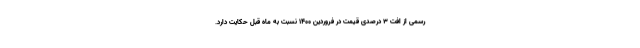
رسمی از افت ۳ درصدی قیمت در فروردین ۱۴۰۰ نسبت به ماه قبل حکایت دارد.